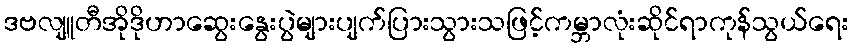
ဒဗလျူတီအိုဒိုဟာဆွေးနွေးပွဲများပျက်ပြားသွားသဖြင့်ကမ္ဘာလုံးဆိုင်ရာကုန်သွယ်ရေး